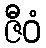
ဇီဝံ